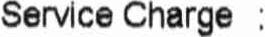
SERVICE CHARGE :